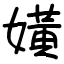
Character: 嫹